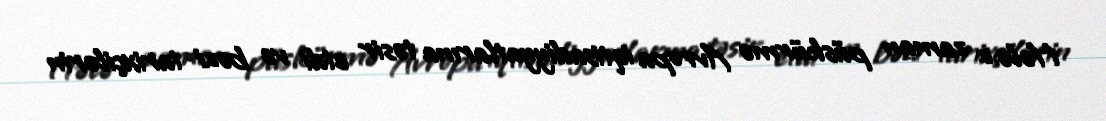
Hələ o zaman püskürmə Avropa iqtisadiyyatlarına təsir etdi və bəzi tarixçilərin